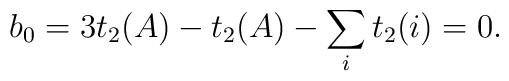
b_0 = 3 t_2(A) - t_2(A) - \sum_i t_2(i) = 0.